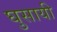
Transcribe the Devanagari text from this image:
घुसायी